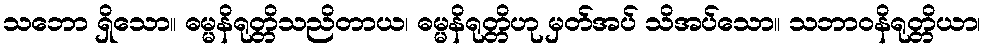
သဘော ရှိသော။ ဓမ္မနိရုတ္တိသညိတာယ၊ ဓမ္မနိရုတ္တိဟု မှတ်အပ် သိအပ်သော။ သဘာဝနိရုတ္တိယာ၊